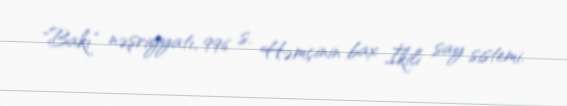
"Bakı" nəşriyyatı, 996 s. Həmçinin bax İkili say sistemi.